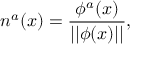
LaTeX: n ^ { a } ( x ) = \frac { \phi ^ { a } ( x ) } { | | \phi ( x ) | | } ,